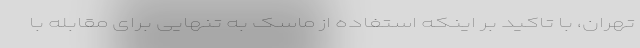
تهران، با تاکید بر اینکه استفاده از ماسک به تنهایی برای مقابله با